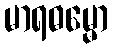
မာရဓမ္မော